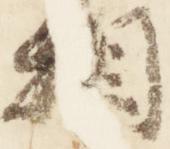
相